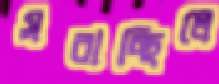
সরাচ্ছিলে